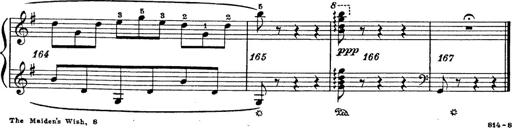
Title: 6 Polish Songs
Composer: Franz Liszt